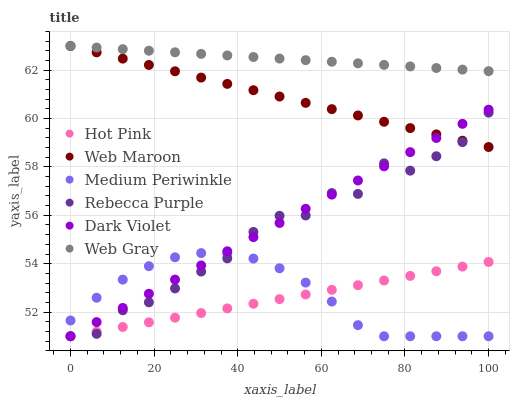
| xaxis_label | Hot Pink | Web Maroon | Medium Periwinkle | Rebecca Purple | Dark Violet | Web Gray |
 | --- | --- | --- | --- | --- | --- | --- |
 | 0 | 51 | 63 | 51.7 | 51 | 51 | 63 |
 | 6.25 | 51.2 | 62.7 | 52.6 | 51.1 | 51.6 | 62.9 |
 | 12.5 | 51.4 | 62.5 | 53.3 | 52.1 | 52.2 | 62.9 |
 | 18.8 | 51.6 | 62.2 | 53.9 | 52.4 | 52.8 | 62.8 |
 | 25 | 51.8 | 62 | 54.3 | 53 | 53.3 | 62.7 |
 | 31.2 | 52 | 61.7 | 54.4 | 53.7 | 53.9 | 62.7 |
 | 37.5 | 52.2 | 61.4 | 54.4 | 54.2 | 54.5 | 62.6 |
 | 43.8 | 52.3 | 61.2 | 54.2 | 55.3 | 55.1 | 62.5 |
 | 50 | 52.5 | 60.9 | 53.8 | 56 | 55.7 | 62.5 |
 | 56.2 | 52.7 | 60.7 | 53.2 | 56 | 56.3 | 62.4 |
 | 62.5 | 52.9 | 60.4 | 52.4 | 56.9 | 56.9 | 62.4 |
 | 68.8 | 53.1 | 60.1 | 51.5 | 56.9 | 57.4 | 62.3 |
 | 75 | 53.3 | 59.9 | 51 | 58.1 | 58 | 62.2 |
 | 81.2 | 53.5 | 59.6 | 51 | 57.8 | 58.6 | 62.2 |
 | 87.5 | 53.7 | 59.3 | 51 | 58.4 | 59.2 | 62.1 |
 | 93.8 | 53.9 | 59.1 | 51 | 59 | 59.8 | 62 |
 | 100 | 54.1 | 58.8 | 51 | 60.2 | 60.4 | 62 |